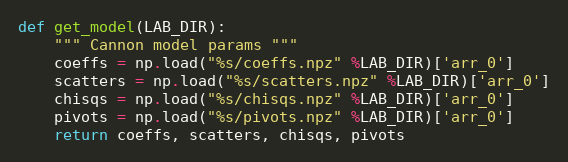
Language: Python
def get_model(LAB_DIR):
    """ Cannon model params """
    coeffs = np.load("%s/coeffs.npz" %LAB_DIR)['arr_0']
    scatters = np.load("%s/scatters.npz" %LAB_DIR)['arr_0']
    chisqs = np.load("%s/chisqs.npz" %LAB_DIR)['arr_0']
    pivots = np.load("%s/pivots.npz" %LAB_DIR)['arr_0']
    return coeffs, scatters, chisqs, pivots